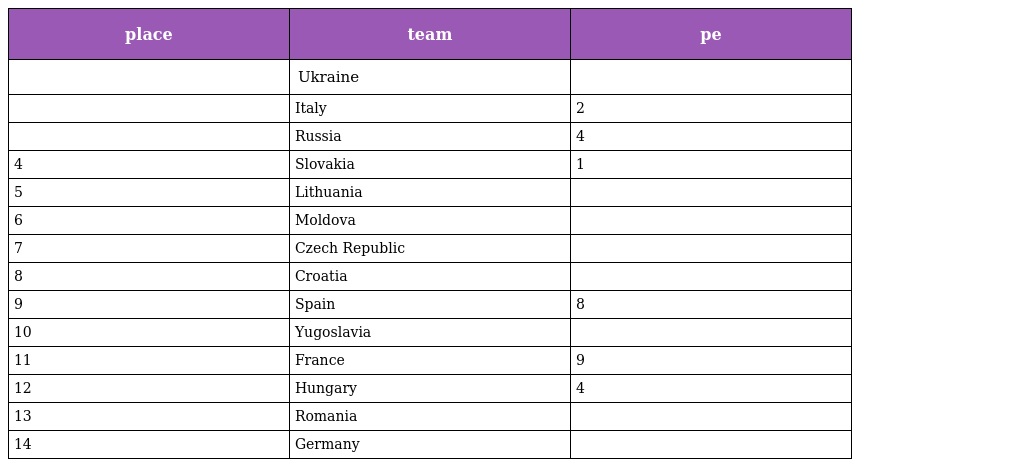
| place | team | pe |
 | --- | --- | --- |
 |  | Ukraine |  |
 |  | Italy | 2 |
 |  | Russia | 4 |
 | 4 | Slovakia | 1 |
 | 5 | Lithuania |  |
 | 6 | Moldova |  |
 | 7 | Czech Republic |  |
 | 8 | Croatia |  |
 | 9 | Spain | 8 |
 | 10 | Yugoslavia |  |
 | 11 | France | 9 |
 | 12 | Hungary | 4 |
 | 13 | Romania |  |
 | 14 | Germany |  |